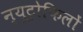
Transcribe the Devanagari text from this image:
न्यूट्रोफिलों